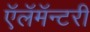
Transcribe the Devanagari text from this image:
ऍलॅमॅन्टरी